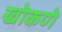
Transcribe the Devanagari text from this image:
खोकणे